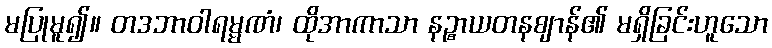
မပြုမူ၍။ တဒဘာဝါရမ္မဏံ၊ ထိုအာကာသာ နဉ္စာယတနဈာန်၏ မရှိခြင်းဟူသော